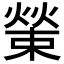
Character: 𤎊